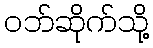
ဝဘ်ဆိုက်သို့